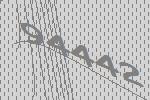
94442